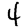
Digit: 4